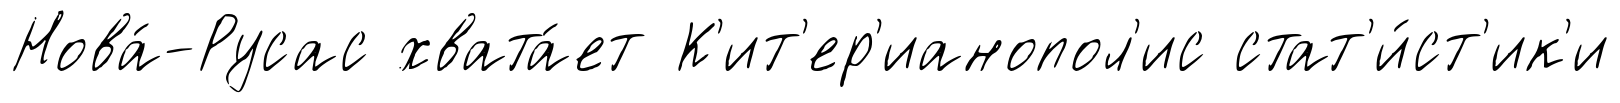
Нова́-Русас хвата́ет К'ит'ер'ианопол'ис стат'и́ст'ик'и